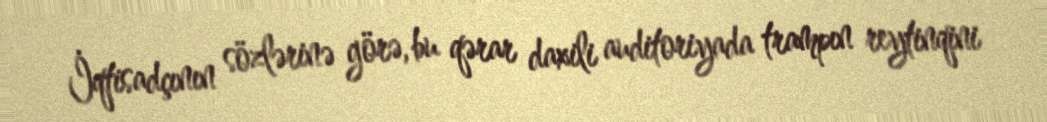
İqtisadçının sözlərinə görə, bu qərar daxili auditoriyada trampın reytinqini